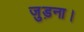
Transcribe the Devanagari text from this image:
जुड़ना।